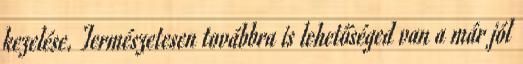
kezelése. Természetesen továbbra is lehetőséged van a már jól